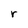
Character: r